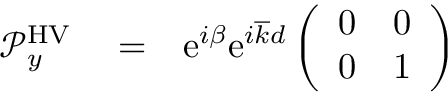
\begin{array} { r l r } { { \mathcal P } _ { y } ^ { \mathrm { H V } } } & { { } = } & { \mathrm { e } ^ { i \beta } \mathrm { e } ^ { i \overline { { k } } d } \left( \begin{array} { c c } { 0 } & { 0 } \\ { 0 } & { 1 } \end{array} \right) } \end{array}